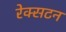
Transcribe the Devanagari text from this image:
रेक्सटन